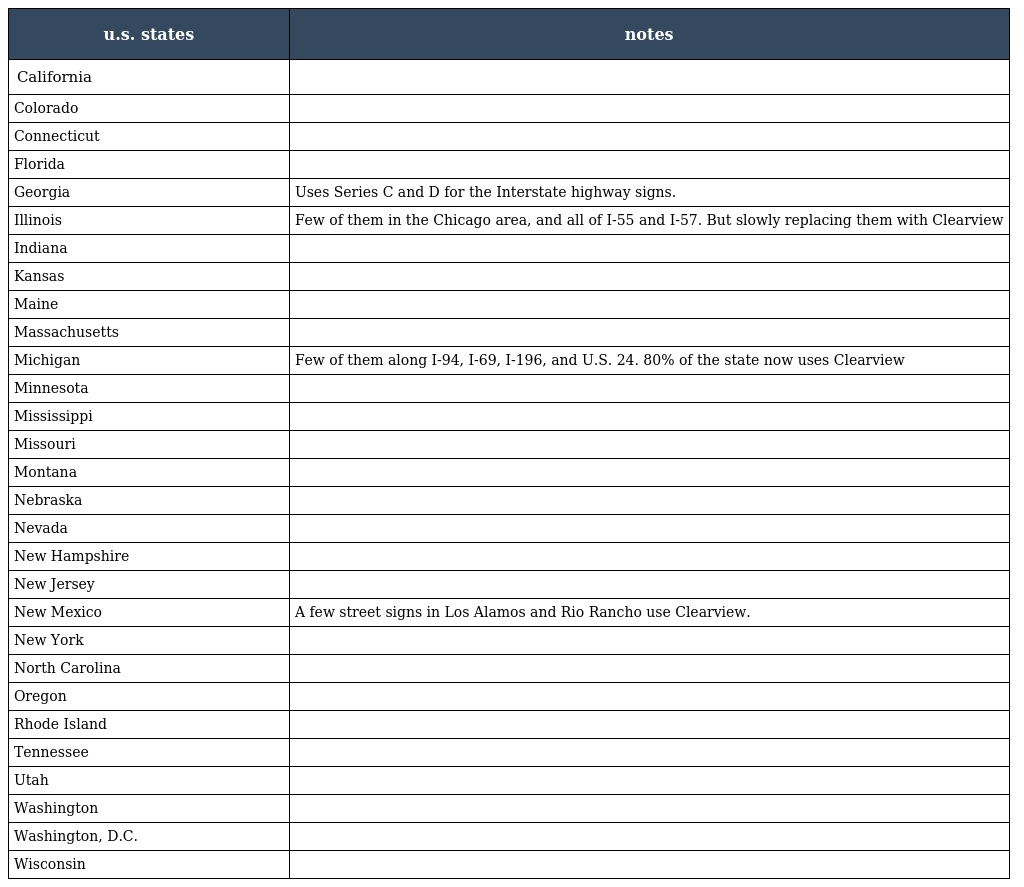
| u.s. states | notes |
 | --- | --- |
 | California |  |
 | Colorado |  |
 | Connecticut |  |
 | Florida |  |
 | Georgia | Uses Series C and D for the Interstate highway signs. |
 | Illinois | Few of them in the Chicago area, and all of I-55 and I-57. But slowly replacing them with Clearview |
 | Indiana |  |
 | Kansas |  |
 | Maine |  |
 | Massachusetts |  |
 | Michigan | Few of them along I-94, I-69, I-196, and U.S. 24. 80% of the state now uses Clearview |
 | Minnesota |  |
 | Mississippi |  |
 | Missouri |  |
 | Montana |  |
 | Nebraska |  |
 | Nevada |  |
 | New Hampshire |  |
 | New Jersey |  |
 | New Mexico | A few street signs in Los Alamos and Rio Rancho use Clearview. |
 | New York |  |
 | North Carolina |  |
 | Oregon |  |
 | Rhode Island |  |
 | Tennessee |  |
 | Utah |  |
 | Washington |  |
 | Washington, D.C. |  |
 | Wisconsin |  |